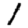
Digit: 1